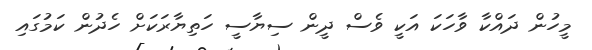
މީހުން ދައްކާ ވާހަކަ އަކީ ވެސް ދީން ސިޔާސީ ހަތިޔާރަކަށް ހެދުން ކަމުގައި